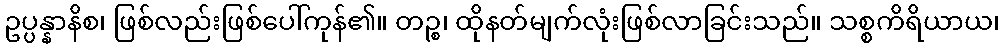
ဥပ္ပန္နာနိစ၊ ဖြစ်လည်းဖြစ်ပေါ်ကုန်၏။ တဉ္စ၊ ထိုနတ်မျက်လုံးဖြစ်လာခြင်းသည်။ သစ္စကိရိယာယ၊